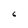
Character: 6